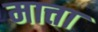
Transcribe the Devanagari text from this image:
मात्ता